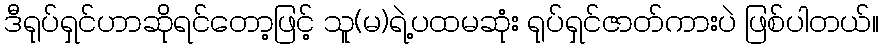
ဒီရုပ်ရှင်ဟာဆိုရင်တော့ဖြင့် သူ(မ)ရဲ့ပထမဆုံး ရုပ်ရှင်ဇာတ်ကားပဲ ဖြစ်ပါတယ်။